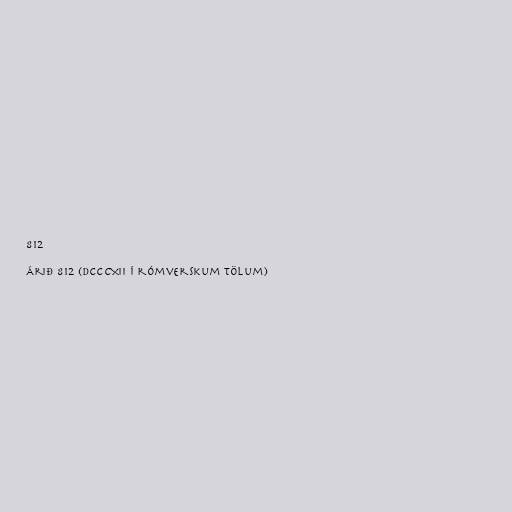
812

Árið 812 (DCCCXII í rómverskum tölum)